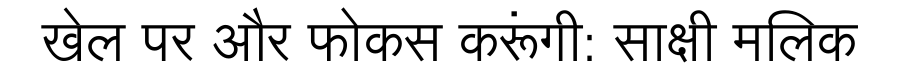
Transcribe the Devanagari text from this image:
खेल पर और फोकस करूंगी: साक्षी मलिक